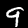
Label: 9